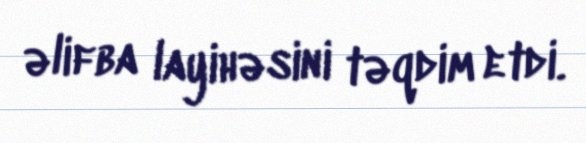
əlifba layihəsini təqdim etdi.